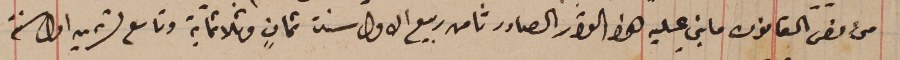
من نص القانون ما بني عليه هذا القرار الصادر ثامن ربيع الاول سنة ثمانٍ وثلاثماية وتاسع تشرين اول سنة